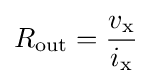
R_{\text{out}}={\frac {v_{\text{x}}}{i_{\text{x}}}}